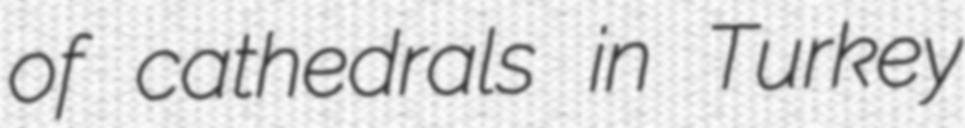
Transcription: of cathedrals in Turkey